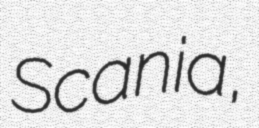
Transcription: Scania,